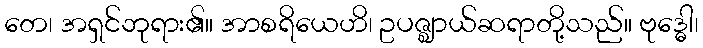
တေ၊ အရှင်ဘုရား၏။ အာစရိယေဟိ၊ ဥပဇ္ဈာယ်ဆရာတို့သည်။ ဗုဒ္ဓေါ၊